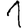
Digit: 1